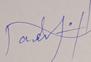
Signature authenticity: genuine